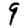
Digit: 9